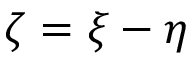
\zeta = \xi - \eta